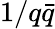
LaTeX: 1/q{\bar{q}}